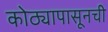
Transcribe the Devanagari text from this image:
कोठ्यापासूनची